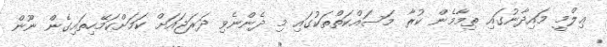
ޢިލްމީ މައިދާނުގައި ތިމާމެން ކުރާ މަސައްކަތްތަކުގައި މި ދެންނެވި ދަރަޖައަށް ކަމަށްކަމޭހިތައިގެން ނޫން